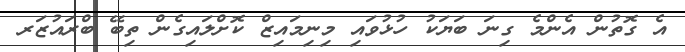
އެ ގޮތުން އެންމެ ގިނަ ބަޔަކު ހުޅުވައި މިނިމައިޒް ކޮށްލައިގެން ތިބޭ ބްރައުޒަރ